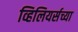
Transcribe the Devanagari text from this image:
व्हिलियर्सच्या